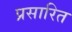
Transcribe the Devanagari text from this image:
प्रसारित